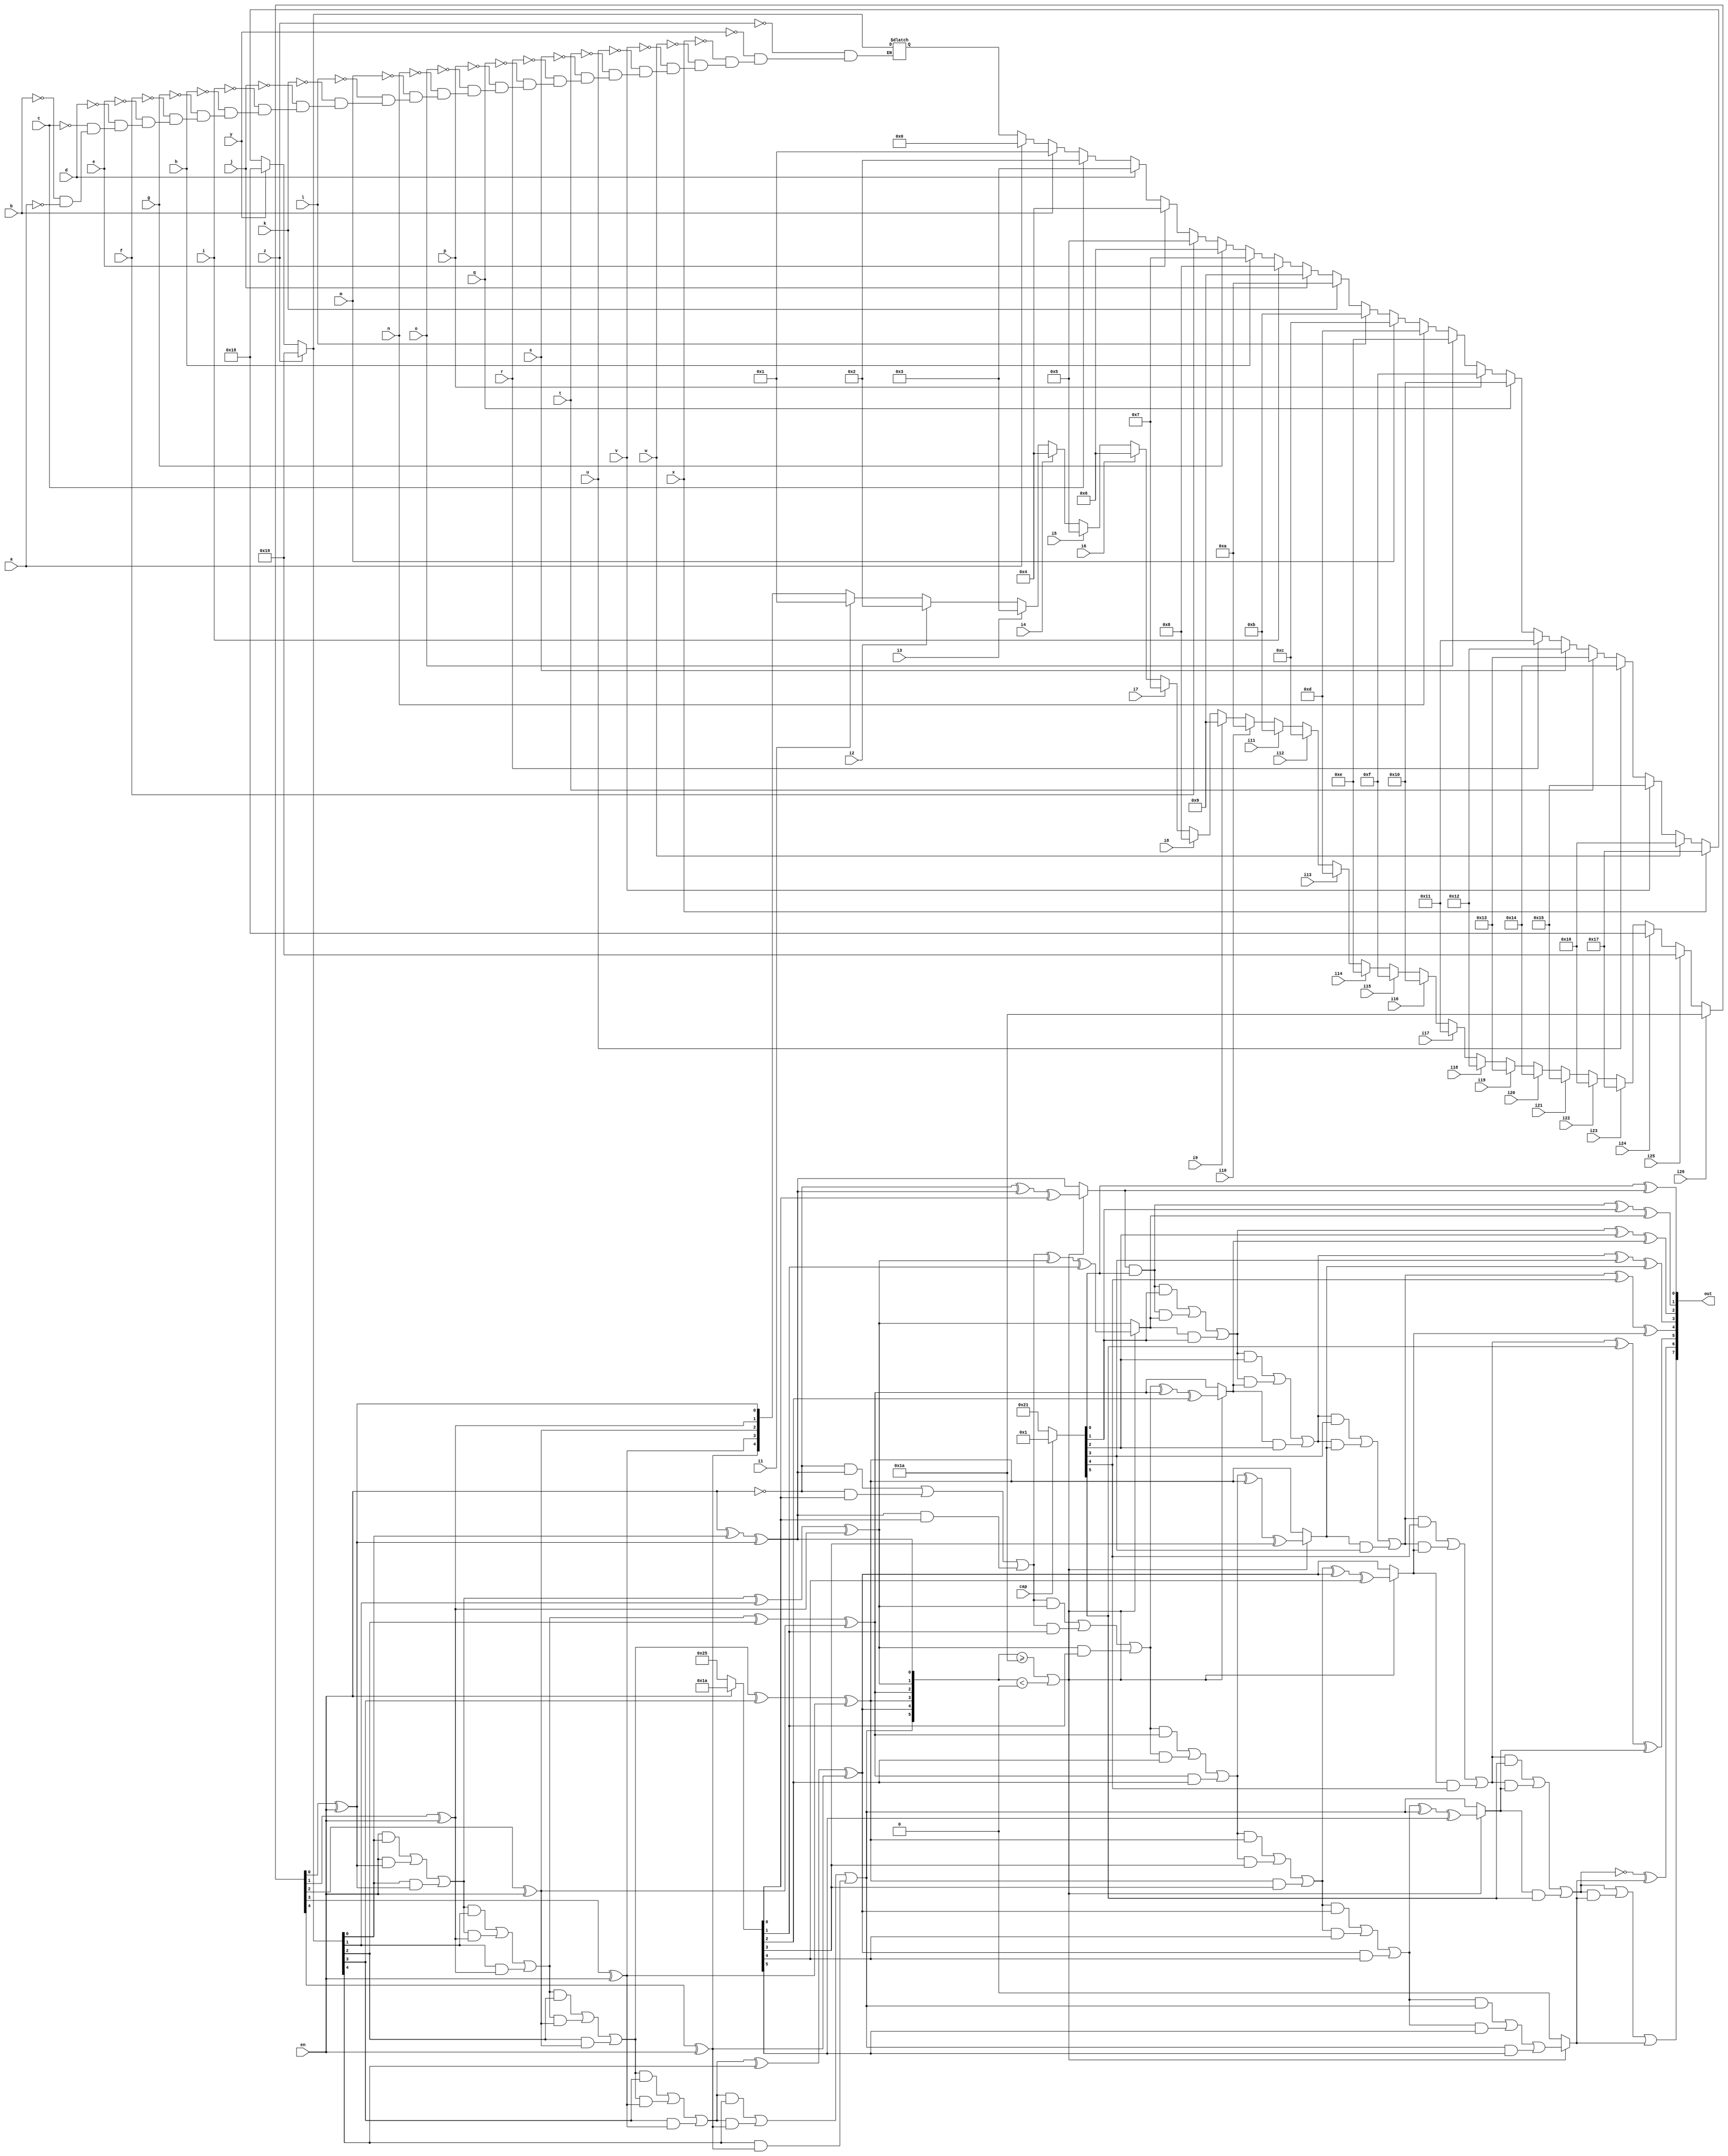
module Verilog_BM_121_202(input a,input b,input c,input d,input e,input f,input g,input h,input i,input j,input k,input l,input m,input n,input o,input p,input q,input r,input s,input t,input u,input v,input w,input x,input y,input z,input i1,input i2,input i3,input i4,input i5,input i6,input i7,input i8,input i9,input i10,input i11,input i12,input i13,input i14,input i15,input i16,input i17,input i18,input i19,input i20,input i21,input i22,input i23,input i24,input i25,input i26,input en,input cap,output reg [7:0]out);
reg [4:0]w1;
reg [4:0]w2;
reg [5:0]w3;
reg [5:0]s0;
reg [5:0]w4;
reg [6:0]w5;
reg [6:0]s1;
reg [6:0]w6;
reg [7:0]s2;
integer x0;
always@(*)
begin
	if(a==1)
		w1=0;
	if(b==1)
		w1=1;
	if(c==1)
		w1=2;
	if(d==1)
		w1=3;
	if(e==1)
		w1=4;
	if(f==1)
		w1=5;
	if(g==1)
		w1=6;
	if(h==1)
		w1=7;
	if(i==1)
		w1=8;
	if(j==1)
		w1=9;
	if(k==1)
		w1=10;
	if(l==1)
		w1=11;
	if(m==1)
		w1=12;
	if(n==1)
		w1=13;
	if(o==1)
		w1=14;
	if(p==1)
		w1=15;
	if(q==1)
		w1=16;
	if(r==1)
		w1=17;
	if(s==1)
		w1=18;
	if(t==1)
		w1=19;
	if(u==1)
		w1=20;
	if(v==1)
		w1=21;
	if(w==1)
		w1=22;
	if(x==1)
		w1=23;
	if(y==1)
		w1=24;
	if(z==1)
		w1=25;
	if(i1==1)
		w2=1;
	if(i2==1)
		w2=2;
	if(i3==1)
		w2=3;
	if(i4==1)
		w2=4;
	if(i5==1)
		w2=5;
	if(i6==1)
		w2=6;
	if(i7==1)
		w2=7;
	if(i8==1)
		w2=8;
	if(i9==1)
		w2=9;
	if(i10==1)
		w2=10;
	if(i11==1)
		w2=11;
	if(i12==1)
		w2=12;
	if(i13==1)
		w2=13;
	if(i14==1)
		w2=14;
	if(i15==1)
		w2=15;
	if(i16==1)
		w2=16;
	if(i17==1)
		w2=17;
	if(i18==1)
		w2=18;
	if(i19==1)
		w2=19;
	if(i20==1)
		w2=20;
	if(i21==1)
		w2=21;
	if(i22==1)
		w2=22;
	if(i23==1)
		w2=23;
	if(i24==1)
		w2=24;
	if(i25==1)
		w2=25;
	if(i26==1)
		w2=26;
	for(x0=0;x0<5;x0=x0+1)
	begin
		w2[x0]=w2[x0]^en;
	end
	s0[0]=en;
	for(x0=0;x0<5;x0=x0+1)
	begin
		w3[x0]=s0[x0]^w1[x0]^w2[x0];
		s0[x0+1]=(s0[x0]&w1[x0])|(s0[x0]&w2[x0])|(w1[x0]&w2[x0]);
	end
	w3[5]=s0[5];
	if(w3>=6'b011010||w3<6'b000000)
	begin
		if(en==0)
		begin
			w4=6'b100101;
		end
		else
		begin
			w4=6'b011010;
		end
		s1[0]=~en;
		for(x0=0;x0<6;x0=x0+1)
		begin
			w5[x0]=s1[x0]^w3[x0]^w4[x0];
			s1[x0+1]=(s1[x0]&w3[x0])|(s1[x0]&w4[x0])|(w3[x0]&w4[x0]);
		end
		w5[6]=s1[6];
	end
	else
	begin
		for(x0=0;x0<6;x0=x0+1)
		begin
			w5[x0]=w3[x0];
		end
		w5[6]=0;
	end
	if(cap==0)
		w6=97;
	else w6=65;
	s2[0]=1'b0;
	for(x0=0;x0<7;x0=x0+1)
	begin
		out[x0]=s2[x0]^w6[x0]^w5[x0];
		s2[x0+1]=(s2[x0]&w6[x0])|(s2[x0]&w5[x0])|(w5[x0]&w6[x0]);
	end
	out[7]=s2[7];
end
endmodule